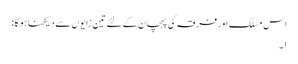
اس مسلک اور فرقہ کی پہچان کے لئے تین زایوں سے دیکھنا ہوگا :
۱۔